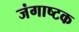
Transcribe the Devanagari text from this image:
जंगाष्टक